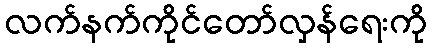
လက်နက်ကိုင်တော်လှန်ရေးကို